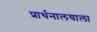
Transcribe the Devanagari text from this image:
प्रार्थनालयाला